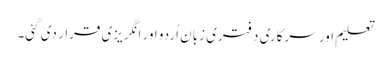
تعلیم اور سرکاری دفتری زبان اُردو اور انگریزی قرار دی گئی۔